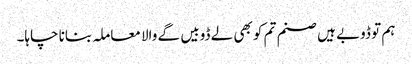
ہم تو ڈوبے ہیں صنم تم کو بھی لے ڈوبیں گے والا معاملہ بنانا چاہا۔